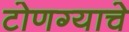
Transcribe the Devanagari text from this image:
टोणग्याचे